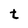
Character: t